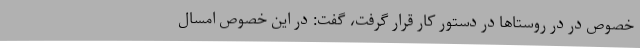
خصوص در در روستاها در دستور کار قرار گرفت، گفت: در این خصوص امسال